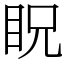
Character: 眖